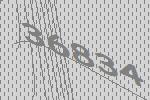
36834